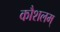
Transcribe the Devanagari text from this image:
कौशलम्‌